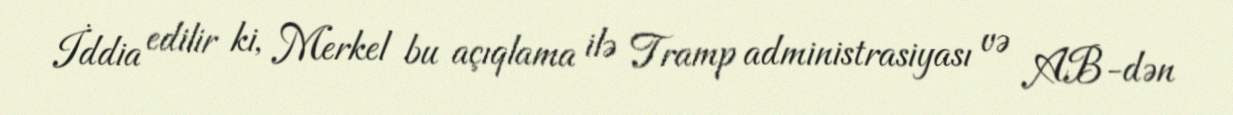
İddia edilir ki, Merkel bu açıqlama ilə Tramp administrasiyası və AB-dən